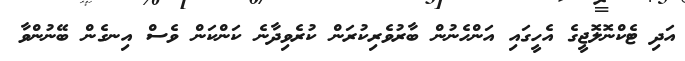
އަދި ޓެކްނޮލޮޖީގެ އެހީގައި އަންހެނުން ބާރުވެރިކުރަން ކުރެވިދާނެ ކަންކަން ވެސް އިނގެން ބޭނުންވާ